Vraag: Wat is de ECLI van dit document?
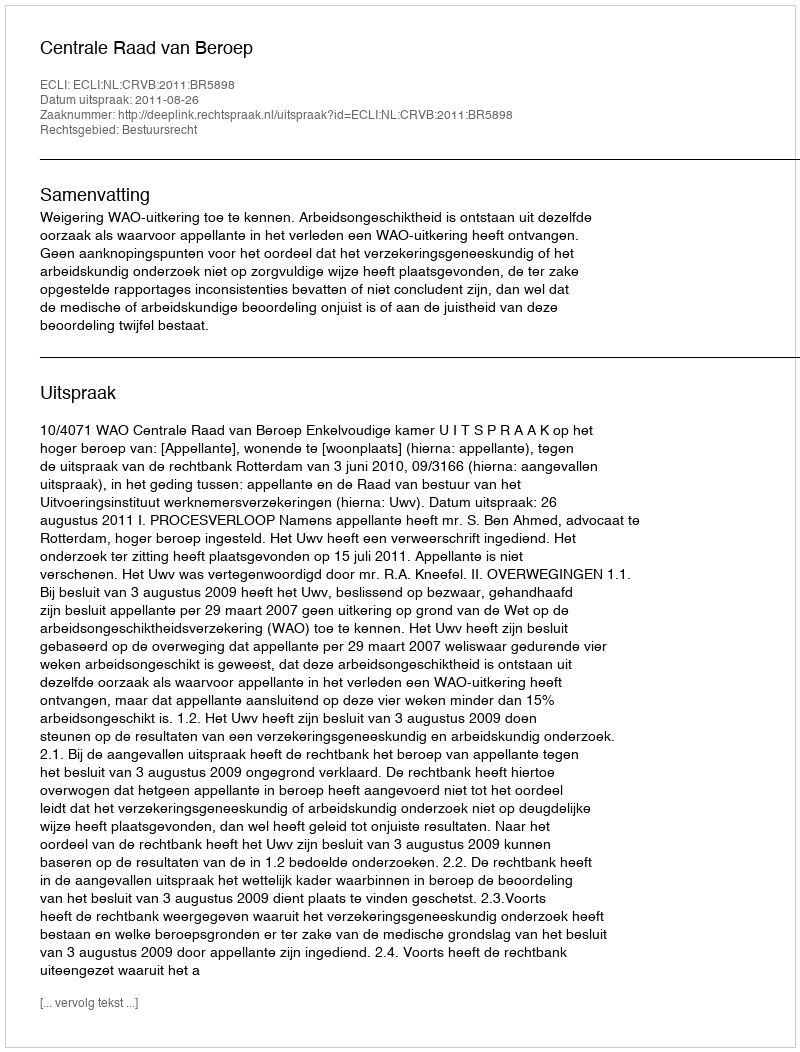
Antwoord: ECLI:NL:CRVB:2011:BR5898